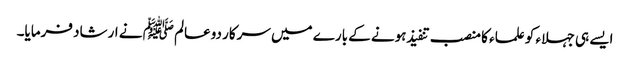
ایسے ہی جہلاء کو علماء کا منصب تنفیذ ہونے کے بارے میں سرکار دوعالم ﷺ نے ارشاد فرمایا۔